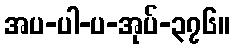
အပ-ပါ-ပ-အုပ်-၃၇၆။